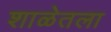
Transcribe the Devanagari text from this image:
शाळेतला